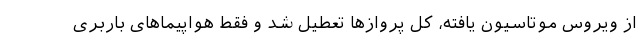
از ویروس موتاسیون یافته، کل پروازها تعطیل شد و فقط هواپیماهای باربری